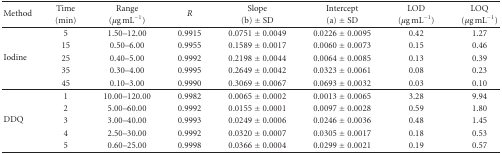
<table><thead><tr><td rowspan="2"><b>Method</b></td><td><b>Time</b></td><td><b>Range</b></td><td rowspan="2"><b><i>R</i></b></td><td><b>Slope</b></td><td><b>Intercept</b></td><td><b>LOD</b></td><td><b>LOQ</b></td></tr><tr><td><b>(min)</b></td><td><b>(<i>μ</i>g mL<sup>−1</sup>)</b></td><td><b>(b) ± SD</b></td><td><b>(a) ± SD</b></td><td><b>(<i>μ</i>g mL<sup>−1</sup>)</b></td><td><b>(<i>μ</i>g mL<sup>−1</sup>)</b></td></tr></thead><tbody><tr><td rowspan="5">Iodine</td><td>5</td><td>1.50–12.00</td><td>0.9915</td><td>0.0751 ± 0.0049</td><td>0.0226 ± 0.0095</td><td>0.42</td><td>1.27</td></tr><tr><td>15</td><td>0.50–6.00</td><td>0.9955</td><td>0.1589 ± 0.0017</td><td>0.0060 ± 0.0073</td><td>0.15</td><td>0.46</td></tr><tr><td>25</td><td>0.40–5.00</td><td>0.9992</td><td>0.2198 ± 0.0044</td><td>0.0064 ± 0.0085</td><td>0.13</td><td>0.39</td></tr><tr><td>35</td><td>0.30–4.00</td><td>0.9995</td><td>0.2649 ± 0.0042</td><td>0.0323 ± 0.0061</td><td>0.08</td><td>0.23</td></tr><tr><td>45</td><td>0.10–3.00</td><td>0.9990</td><td>0.3069 ± 0.0067</td><td>0.0693 ± 0.0032</td><td>0.03</td><td>0.10</td></tr><tr><td rowspan="5">DDQ</td><td>1</td><td>10.00–120.00</td><td>0.9982</td><td>0.0065 ± 0.0002</td><td>0.0013 ± 0.0065</td><td>3.28</td><td>9.94</td></tr><tr><td>2</td><td>5.00–60.00</td><td>0.9992</td><td>0.0155 ± 0.0001</td><td>0.0097 ± 0.0028</td><td>0.59</td><td>1.80</td></tr><tr><td>3</td><td>3.00–40.00</td><td>0.9993</td><td>0.0249 ± 0.0006</td><td>0.0246 ± 0.0036</td><td>0.48</td><td>1.45</td></tr><tr><td>4</td><td>2.50–30.00</td><td>0.9992</td><td>0.0320 ± 0.0007</td><td>0.0305 ± 0.0017</td><td>0.18</td><td>0.53</td></tr><tr><td>5</td><td>0.60–25.00</td><td>0.9998</td><td>0.0366 ± 0.0004</td><td>0.0299 ± 0.0021</td><td>0.19</td><td>0.57</td></tr></tbody></table>